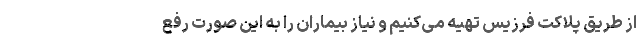
از طریق پلاکت فرزیس تهیه می‌کنیم و نیاز بیماران را به این صورت رفع